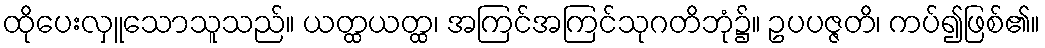
ထိုပေးလှူသောသူသည်။ ယတ္ထယတ္ထ၊ အကြင်အကြင်သုဂတိဘုံ၌။ ဥပပဇ္ဇတိ၊ ကပ်၍ဖြစ်၏။